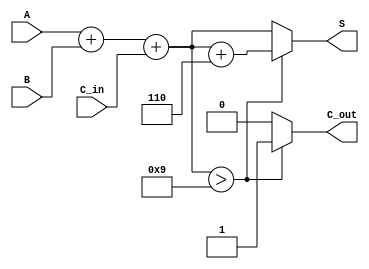
module bcd_parallel_adder (
    input [3:0] A,        // First BCD digit
    input [3:0] B,        // Second BCD digit
    input C_in,           // Carry-in
    output reg [3:0] S,   // BCD sum
    output reg C_out      // Carry-out
);

    // Internal wire for the binary sum
    wire [4:0] Sum;       // 5-bit sum to accommodate carry

    // Binary addition of A, B, and C_in
    assign Sum = A + B + C_in;

    always @(*) begin
        // Check if the sum exceeds the BCD range
        if (Sum[3:0] > 4'd9) begin
            // If sum exceeds 9, apply BCD correction by adding 6
            S = Sum[3:0] + 4'd6;   // Corrected sum
            C_out = 1;             // Set carry-out
        end else begin
            S = Sum[3:0];          // No correction needed
            C_out = 0;             // No carry-out
        end
    end

endmodule